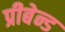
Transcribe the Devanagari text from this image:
प्रीबेन्ड